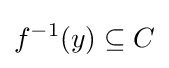
f^{-1}(y)\subseteq C